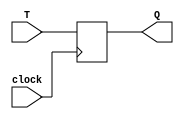
module tLatch (
  input T,
  input clock,
  output reg Q
);
  
always @(posedge clock)
begin
  Q <= T;
end

endmodule